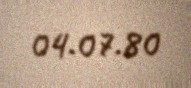
04.07.80